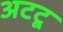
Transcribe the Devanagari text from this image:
अटटू